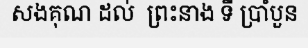
សងគុណ ដល់  ព្រះនាង ទី ប្រាំបួន